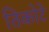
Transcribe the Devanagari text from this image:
तिकोटे